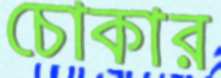
চোকার